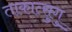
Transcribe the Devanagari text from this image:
ताकात्सुगु